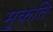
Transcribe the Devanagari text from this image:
मुकति